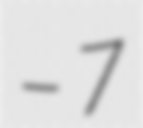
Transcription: – 7